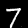
Label: 7